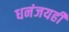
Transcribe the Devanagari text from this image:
धनंजयही